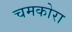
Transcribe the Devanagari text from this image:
चमकोरा